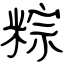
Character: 粽